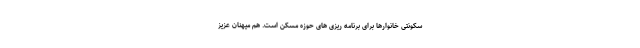
سکونتی خانوارها برای برنامه ریزی های حوزه مسکن است. هم میهنان عزیز